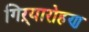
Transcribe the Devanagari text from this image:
गिऱ्यारोहण